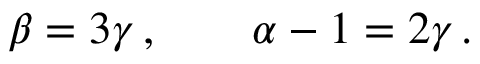
\beta = 3 \gamma \, , \qquad \alpha - 1 = 2 \gamma \, .